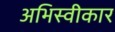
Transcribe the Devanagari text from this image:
अभिस्वीकार